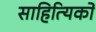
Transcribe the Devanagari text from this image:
साहित्‍यिकों